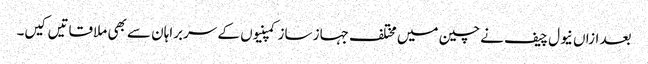
بعد ازاں نیول چیف نے چین میں مختلف جہاز ساز کمپنیوں کے سربراہان سے بھی ملاقاتیں کیں۔